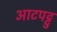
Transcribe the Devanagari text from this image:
आटपट्टु